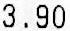
3.90